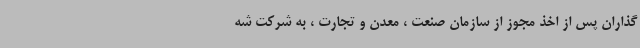
‌گذاران پس از اخذ مجوز از سازمان صنعت ، معدن و تجارت ، به شرکت شه